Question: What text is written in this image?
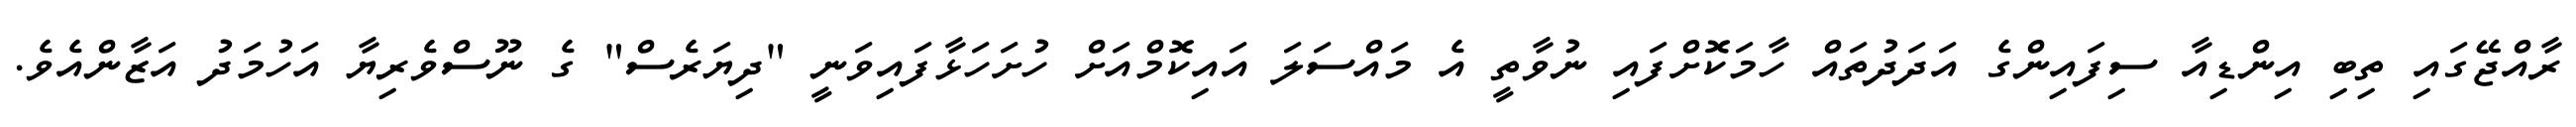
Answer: ރާއްޖޭގައި ތިބި އިންޑިއާ ސިފައިންގެ އަދަދުތައް ހާމަކޮށްފައި ނުވާތީ އެ މައްސަލަ އައިކޮމްއަށް ހުށަހަޅާފައިވަނީ "ދިޔަރެސް" ގެ ނޫސްވެރިޔާ އަހުމަދު އަޒާންއެވެ.